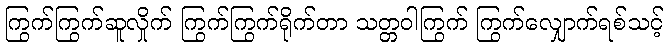
ကြွက်ကြွက်ဆူလှိုက် ကြွက်ကြွက်ရိုက်တာ သတ္တဝါကြွက် ကြွက်လျှောက်ရစ်သင့်